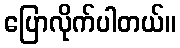
ပြောလိုက်ပါတယ်။